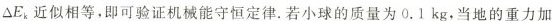
ΔE_{k}近似相等，即可验证机械能守恒定律。若小球的质量为0.1kg，当地的重力加